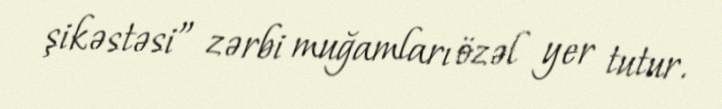
şikəstəsi” zərbi muğamları özəl yer tutur.